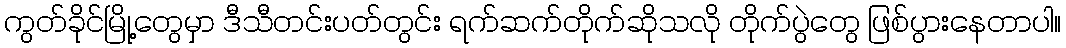
ကွတ်ခိုင်မြို့တွေမှာ ဒီသီတင်းပတ်တွင်း ရက်ဆက်တိုက်ဆိုသလို တိုက်ပွဲတွေ ဖြစ်ပွားနေတာပါ။